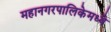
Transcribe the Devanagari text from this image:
महानगरपालिकेमध्ये